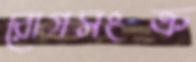
রোগসংক্র